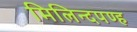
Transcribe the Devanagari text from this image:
मिलिन्दपण्ह